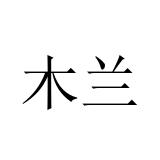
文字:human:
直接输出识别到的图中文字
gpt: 木兰